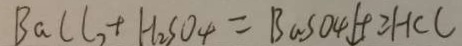
B a C l _ { 2 } + H _ { 2 } S O _ { 4 } = B a S O _ { 4 } \downarrow + 2 H C C